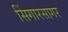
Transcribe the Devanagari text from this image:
सिंगारसागर